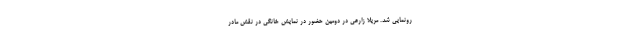
رونمایی شد. مریلا زارعی در دومین حضور در نمایش خانگی در نقش مادر